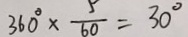
3 6 0 ^ { \circ } \times \frac { 5 } { 6 0 } = 3 0 ^ { \circ }